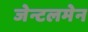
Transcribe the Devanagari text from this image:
जेन्टलमेन